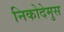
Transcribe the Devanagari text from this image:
निकोदेमुस